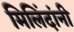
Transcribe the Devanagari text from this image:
मिलिंदांनी